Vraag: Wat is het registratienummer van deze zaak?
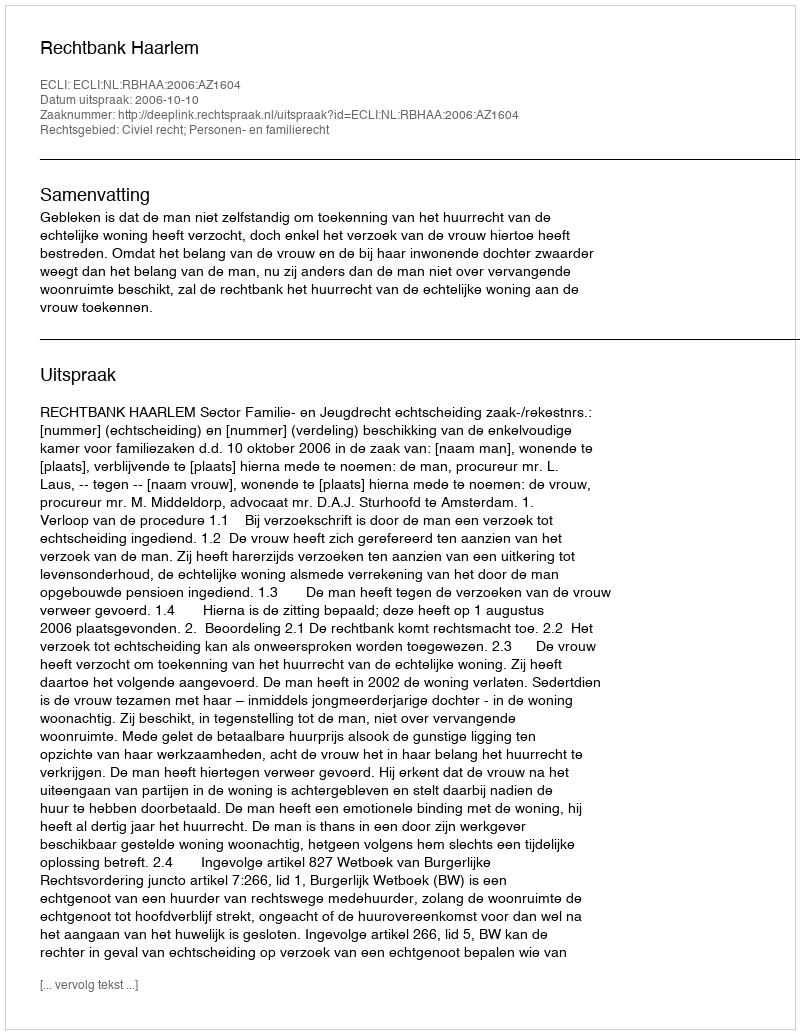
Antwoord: http://deeplink.rechtspraak.nl/uitspraak?id=ECLI:NL:RBHAA:2006:AZ1604